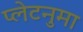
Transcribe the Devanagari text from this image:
प्‍लेटनुमा